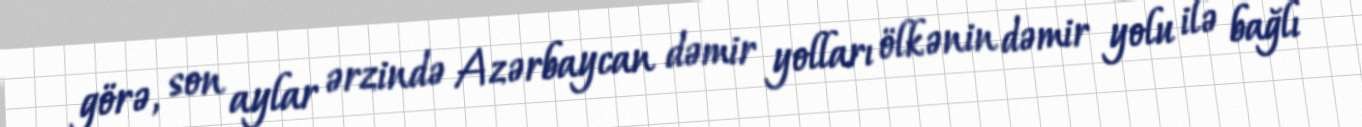
görə, son aylar ərzində Azərbaycan dəmir yolları ölkənin dəmir yolu ilə bağlı